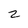
Character: z